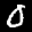
Label: 0